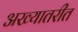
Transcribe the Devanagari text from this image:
अख्यातरीत